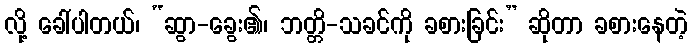
လို့ ခေါ်ပါတယ်၊ “ဆွာ-ခွေး၏၊ ဘတ္တိ-သခင်ကို ခစားခြင်း” ဆိုတာ ခစားနေတဲ့